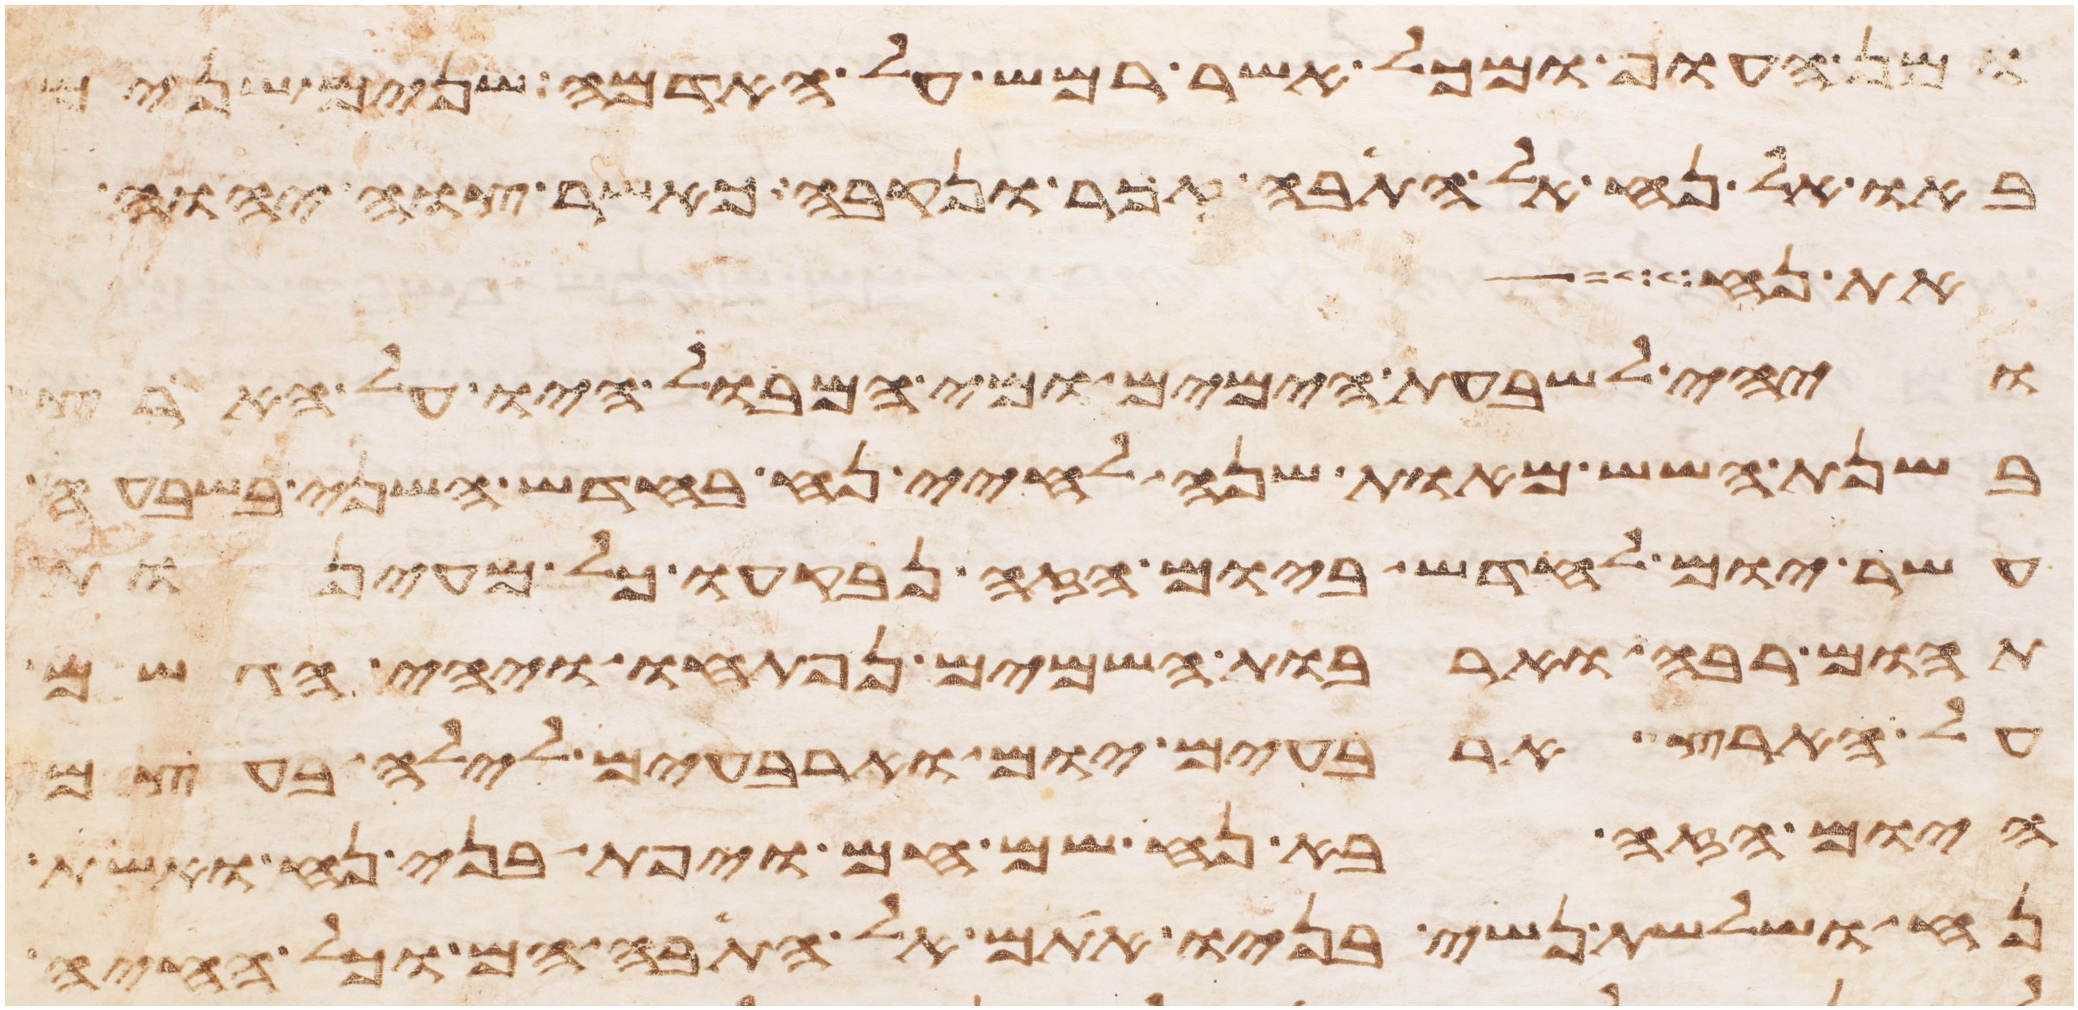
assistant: ומן העוף ומכל אשר רמש על האדמה שנים שנים
באו אל נח אל התבה זכר ונקבה כאשר צוה יהוה
את נח
ויהי לשבעת הימים ומי המבול היו על הארץ
בשנת השש מאות שנה לחיי נח בחדש השני בשבעה
עשר יום לחדש ביום הזה נבקעו כל מעינות
תהום רבה וארבות השמים נפתחו ויהי הגשם
על הארץ ארבעים יום וארבעים לילה בעצם
היום הזה בא נח שם חם ויפת בני נח ואשת
נח ושלשת נשי בניו אתם אל התבה הם וכל החיה